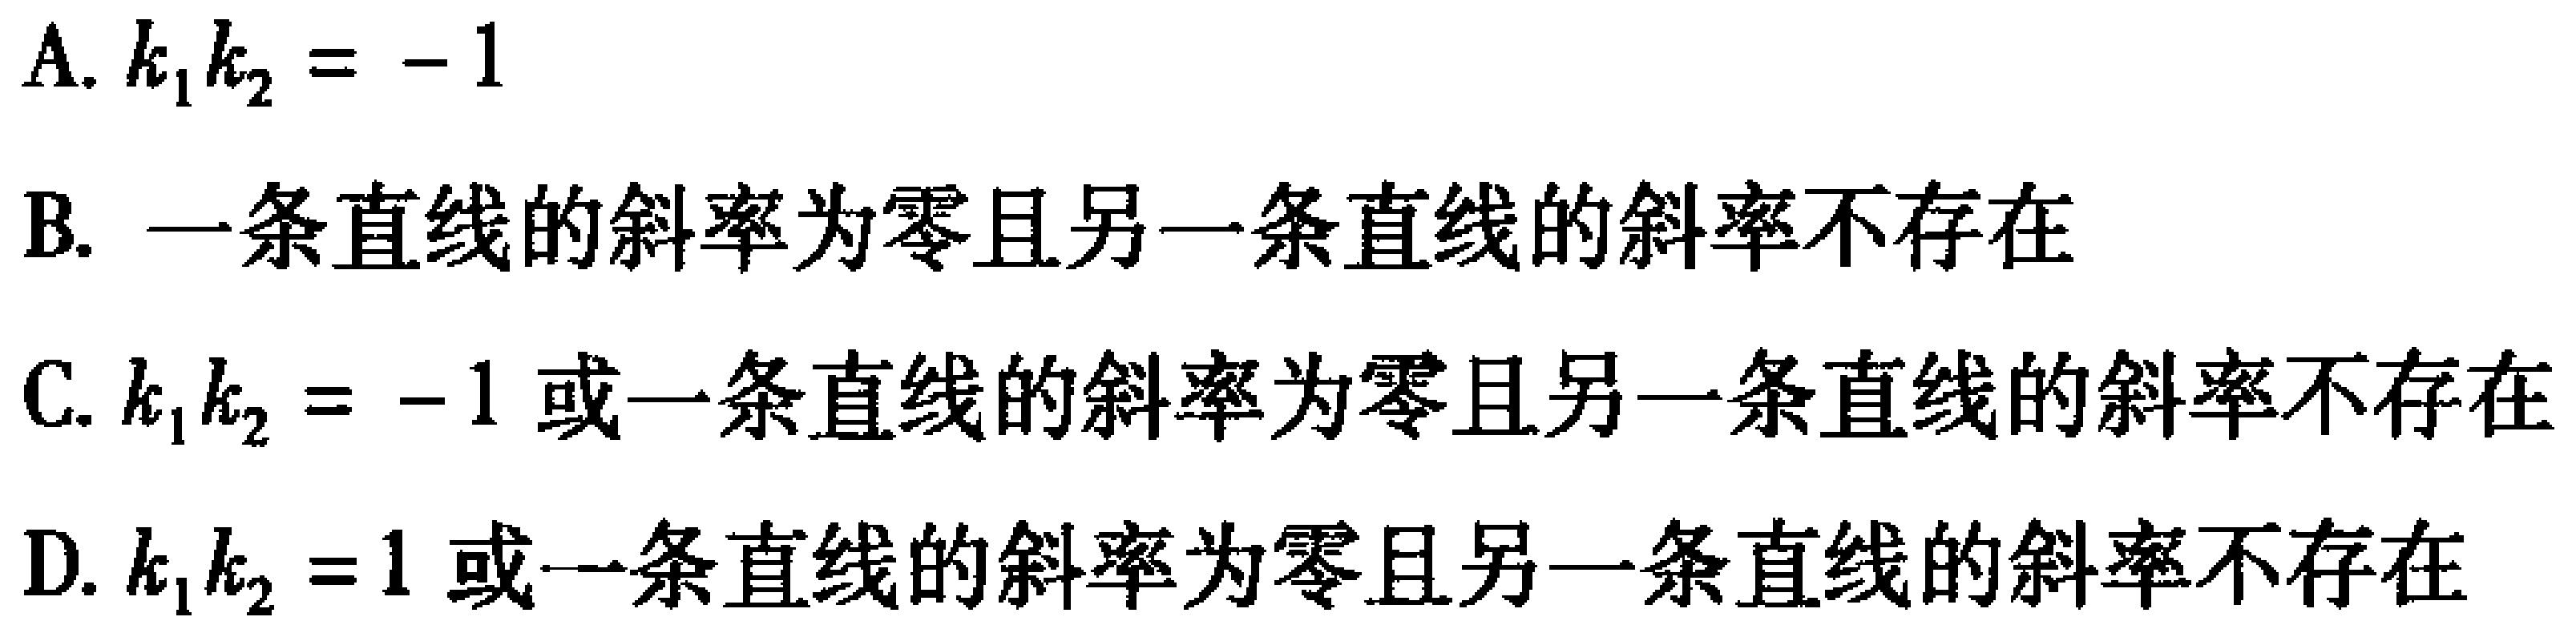
A. \(k_{1}k_{2}=-1\)
B. 一条直线的斜率为零且另一条直线的斜率不存在
C. \(k_{1}k_{2}=-1\) 或一条直线的斜率为零且另一条直线的斜率不存在
D. \(k_{1}k_{2}=1\) 或一条直线的斜率为零且另一条直线的斜率不存在